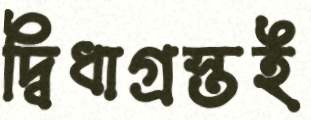
দ্বিধাগ্রস্তই